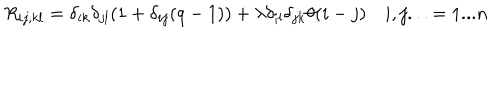
R _ { i j , k l } = \delta _ { i k } \delta _ { j l } ( 1 + \delta _ { i j } ( q - 1 ) ) + \lambda \delta _ { i l } \delta _ { j k } \theta ( i - j ) \quad i , j . . . = 1 . . . n